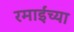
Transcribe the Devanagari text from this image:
रमाईंच्या